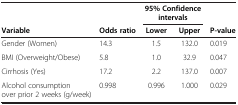
<table><thead><tr><td><b> </b></td><td><b> </b></td><td colspan="2"><b>95% Confidence intervals</b></td><td><b> </b></td></tr><tr><td><b>Variable</b></td><td><b>Odds ratio</b></td><td><b>Lower</b></td><td><b>Upper</b></td><td><b>P-value</b></td></tr></thead><tbody><tr><td>Gender (Women)</td><td>14.3</td><td>1.5</td><td>132.0</td><td>0.019</td></tr><tr><td>BMI (Overweight/Obese)</td><td>5.8</td><td>1.0</td><td>32.9</td><td>0.047</td></tr><tr><td>Cirrhosis (Yes)</td><td>17.2</td><td>2.2</td><td>137.0</td><td>0.007</td></tr><tr><td>Alcohol consumption over prior 2 weeks (g/week)</td><td>0.998</td><td>0.996</td><td>1.000</td><td>0.029</td></tr></tbody></table>